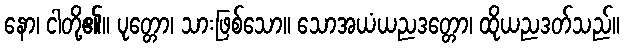
နော၊ ငါတို့၏။ ပုတ္တော၊ သားဖြစ်သော။ သောအယံယညဒတ္တော၊ ထိုယညဒတ်သည်။